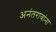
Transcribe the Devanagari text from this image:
अनंतरावांना